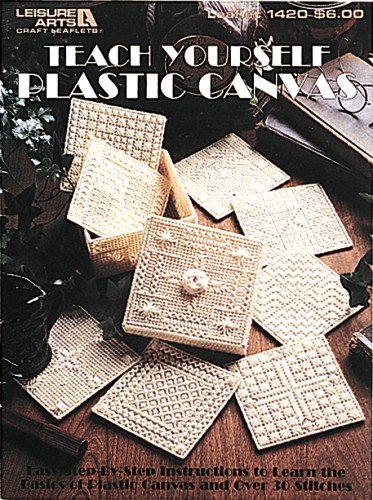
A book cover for Teach Yourself Plastic Canvas  (Leisure Arts #1420); Leisure Arts; Crafts, Hobbies & Home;